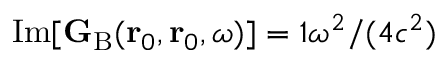
\mathrm { I m } [ { \bf G } _ { \mathrm { B } } ( \mathbf { r } _ { 0 } , \mathbf { r } _ { 0 } , \omega ) ] = { \mathbb { 1 } } \omega ^ { 2 } / ( 4 c ^ { 2 } )